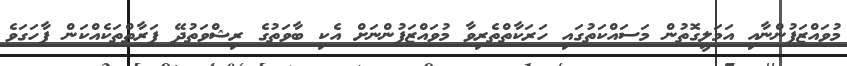
މުވައްޒަފުންނާއި އަމަލީގޮތުން މަސައްކަތުގައި ހަރަކާތްތެރިވާ މުވައްޒަފުންނަށް އެކި ބާވަތުގެ ރިޝްވަތުދޭ ފަރާތްތަކެއްކަން ފާހަގަވެ